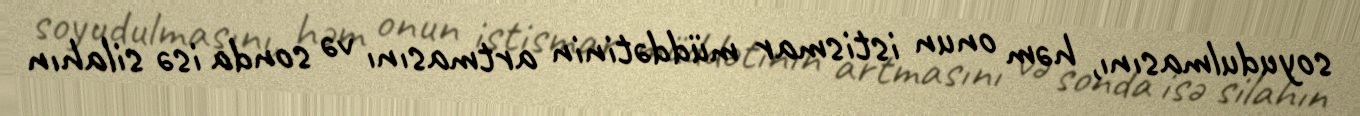
soyudulmasını, həm onun istismar müddətinin artmasını və sonda isə silahın